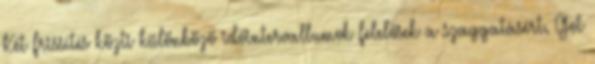
Két frissítés közti különböző időintervallumok felelősek a szaggatásért. Got